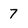
Character: 7